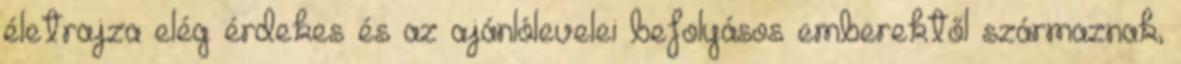
életrajza elég érdekes és az ajánlólevelei befolyásos emberektől származnak,